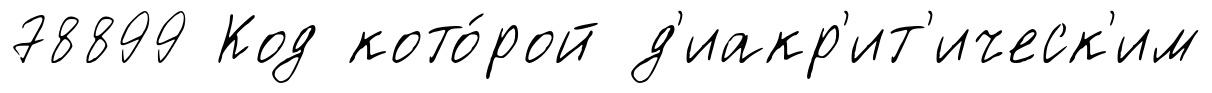
78899 Код кото́рой д'иакр'ит'ическ'им